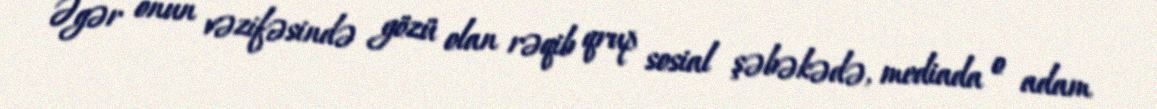
Əgər onun vəzifəsində gözü olan rəqib qrup sosial şəbəkədə, mediada o adam